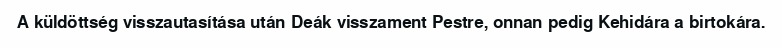
A küldöttség visszautasítása után Deák visszament Pestre, onnan pedig Kehidára a birtokára.